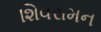
શિવરામન